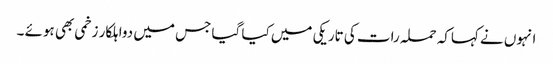
انہوں نے کہاکہ حملہ رات کی تاریکی میں کیا گیا جس میں دواہلکار زخمی بھی ہوئے ۔